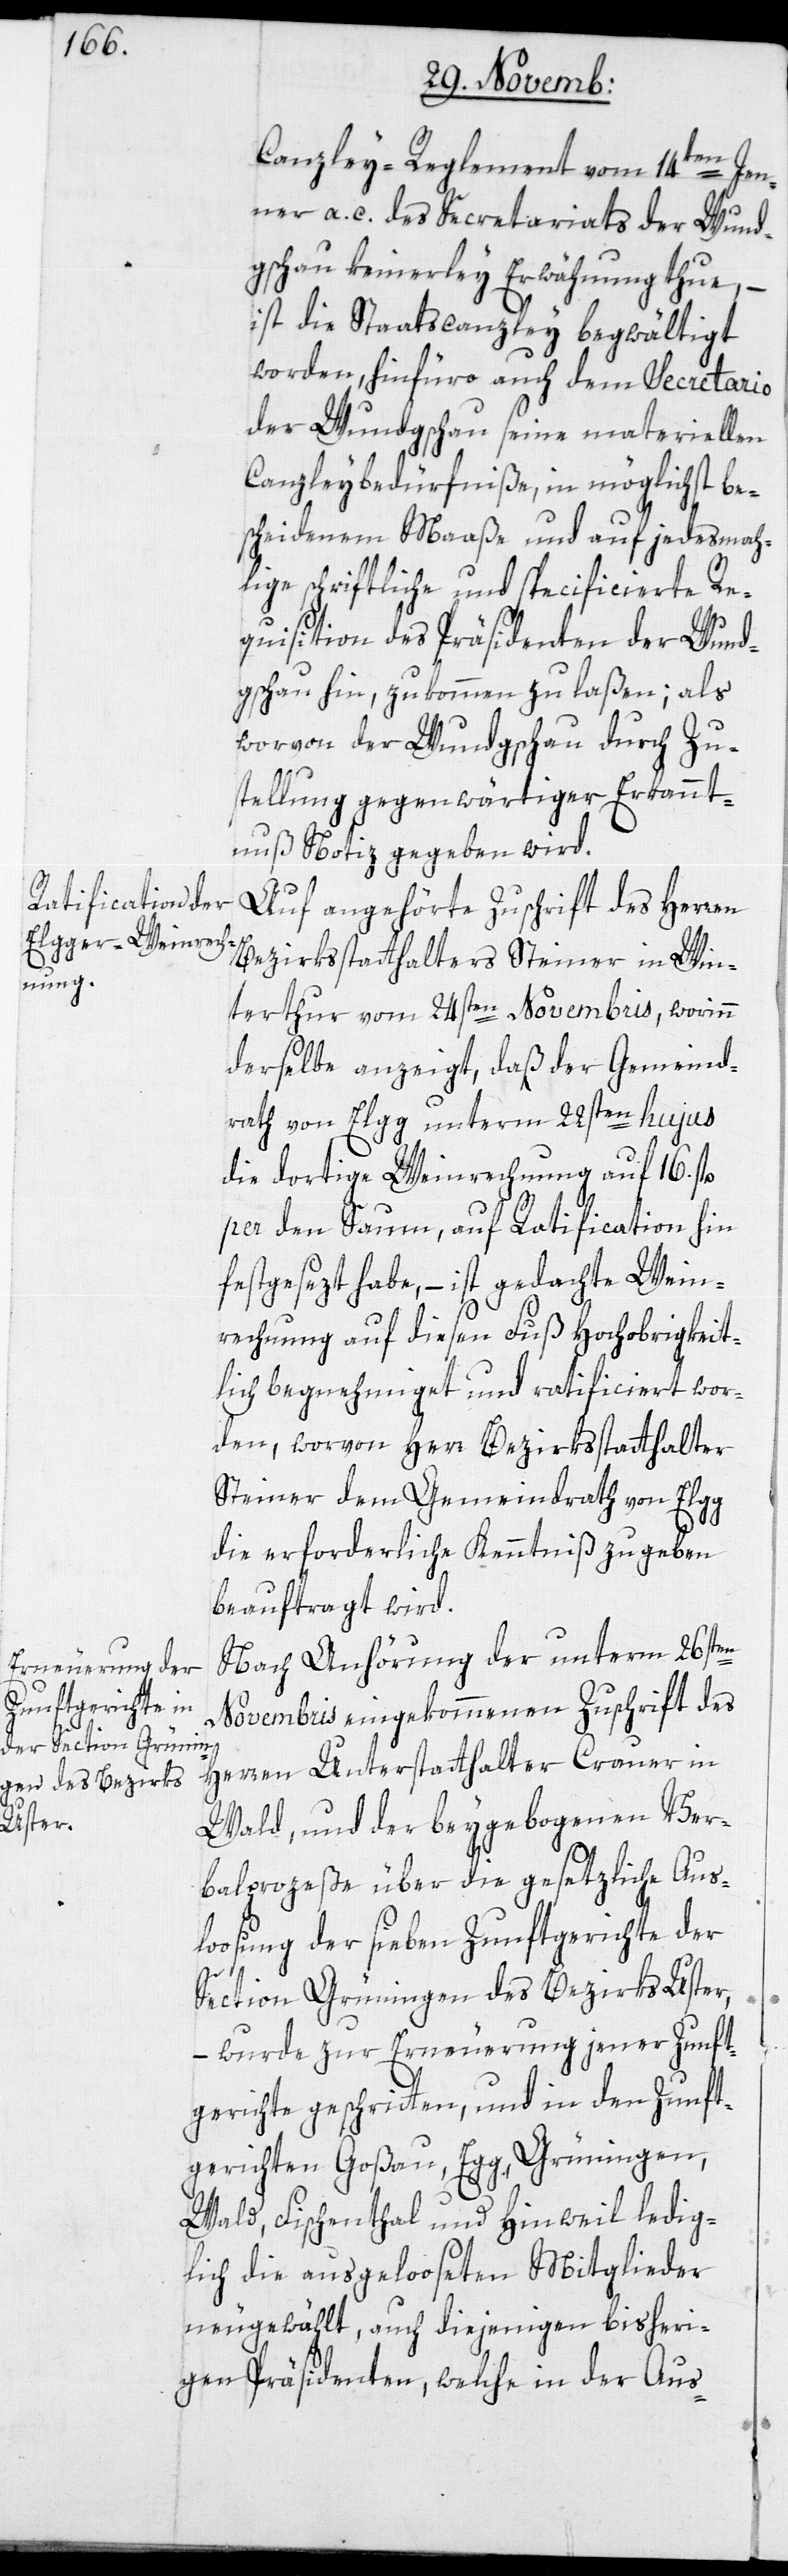
Canzley-Reglement vom 14ten Jen¬
ner a. c. des Secretariats der Wund¬
gschau keinerley Erwähnung tue, –
ist die Staatscanzley begwältigt
worden, hinfüro auch dem Secretario
der Wundgeschau seine materiellen
Canzleybedürfniße in möglichst be¬
scheidenem Maaße und auf jedesmah¬
lige schriftliche und specificierte Re¬
quisition des Präsidenten der Wund¬
gschau hin, zukommen zu laßen; als
worvon der Wundgschau durch Zu¬
stellung gegenwärtiger Erkannt¬
nuß Notiz gegeben wird.
Auf angehörte Zuschrift des Herren
Bezirksstatthalters Steiner in Win¬
terthur vom 24sten Novembris, worinn
derselbe anzeigt, daß der Gemeind¬
rath von Elgg unterm 22sten hujus
die dortige Weinrechnung auf 16. fl.
per den Saum, auf Ratification hin
festgesezt habe, – ist gedachte Wein¬
rechnung auf diesen Fuß Hochobrigkeit¬
lich begnehmiget und ratificiert wor¬
den, worvon Herr Bezirksstatthalter
Steiner dem Gemeindrath von Elgg
die erforderliche Kenntniß zu geben
beauftragt wird.
Nach Anhörung der unterm 26sten
Novembris eingekommenen Zuschrift des
Herren Unterstatthalter Crauer in
Wald, und der beygebogenen Ver¬
balproceße über die gesetzliche Aus¬
loosung der sieben Zunftgerichte der
Section Grüningen des Bezirks Uster,
– wurde zur Erneuerung jener Zunft¬
gerichte geschritten, und in den Zunft¬
gerichten Goßau, Egg, Grüningen,
Wald, Fischenthal und Hinweil ledig¬
lich die ausgelooseten Mitglieder
neugewählt, auch diejenigen bisheri¬
gen Präsidenten, welche in der Aus-